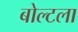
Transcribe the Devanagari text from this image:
बोल्टला